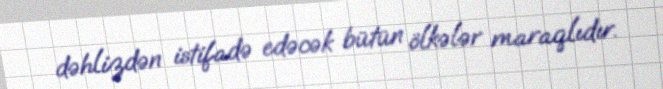
dəhlizdən istifadə edəcək bütün ölkələr maraqlıdır.